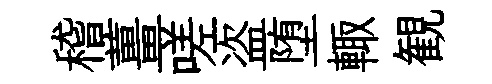
稽薑嗟盗堕輙観